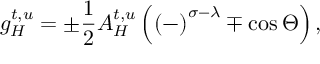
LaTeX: g _ { H } ^ { t , u } = \pm \frac 1 2 A _ { H } ^ { t , u } \left( { ( - ) } ^ { \sigma - \lambda } \mp \cos \Theta \right) ,